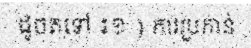
ដូចតទៅ ៖១ ) ការប្រកាន់